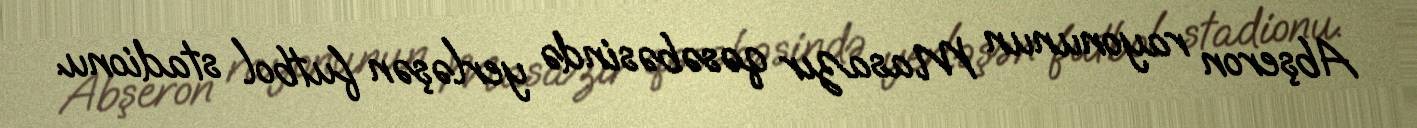
Abşeron rayonunun Masazır qəsəbəsində yerləşən futbol stadionu.